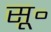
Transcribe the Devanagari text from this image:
सू॰